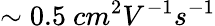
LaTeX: \sim 0.5\ cm^{2}V^{-1}s^{-1}